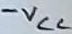
Text: -VCC